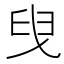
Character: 𦥙